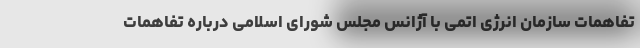
تفاهمات سازمان انرژی اتمی با آژانس مجلس شورای اسلامی درباره تفاهمات